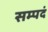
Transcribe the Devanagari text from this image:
सम्पदं